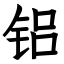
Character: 铝